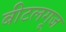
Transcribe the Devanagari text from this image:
बीटलगूज